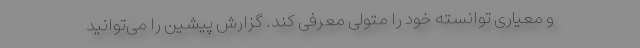
و معیاری توانسته خود را متولی معرفی کند. گزارش پیشین را می‌توانید